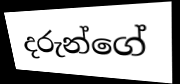
දරුන්ගේ